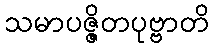
သမာပဇ္ဇိတပုဗ္ဗာတိ